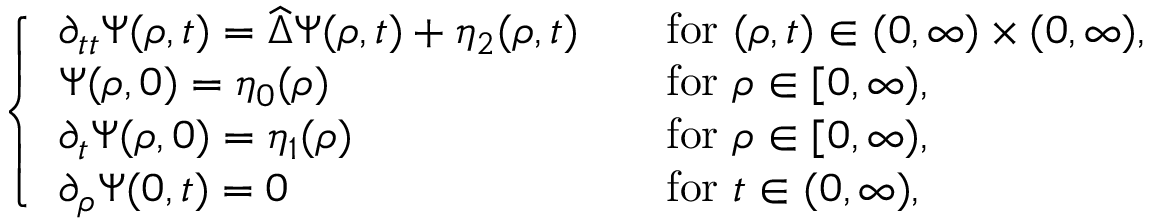
\left\{ \begin{array} { l l } { \partial _ { t t } \Psi ( \rho , t ) = \widehat { \Delta } \Psi ( \rho , t ) + \eta _ { 2 } ( \rho , t ) \quad } & { \mathrm { f o r ~ } ( \rho , t ) \in ( 0 , \infty ) \times ( 0 , \infty ) , } \\ { \Psi ( \rho , 0 ) = \eta _ { 0 } ( \rho ) \quad } & { \mathrm { f o r ~ } \rho \in [ 0 , \infty ) , } \\ { \partial _ { t } \Psi ( \rho , 0 ) = \eta _ { 1 } ( \rho ) \quad } & { \mathrm { f o r ~ } \rho \in [ 0 , \infty ) , } \\ { \partial _ { \rho } \Psi ( 0 , t ) = 0 \quad } & { \mathrm { f o r ~ } t \in ( 0 , \infty ) , } \end{array} \right.